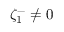
\zeta _ { 1 } ^ { - } \neq 0